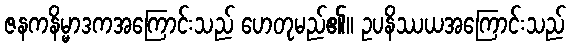
ဇနကနိမ္မာဒကအကြောင်းသည် ဟေတုမည်၏။ ဥပနိဿယအကြောင်းသည်